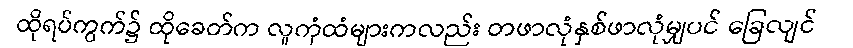
ထိုရပ်ကွက်၌ ထိုခေတ်က လူကုံထံများကလည်း တဖာလုံနှစ်ဖာလုံမျှပင် ခြေလျင်